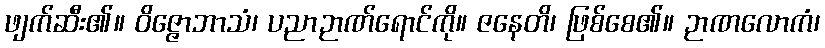
ဖျက်ဆီး၏။ ဝိဇ္ဇောဘာသံ၊ ပညာဉာဏ်ရောင်ကို။ ဇနေတိ၊ ဖြစ်စေ၏။ ဉာဏလောကံ၊